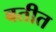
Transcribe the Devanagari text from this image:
बतीत